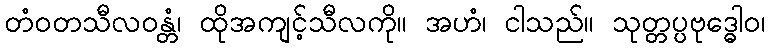
တံဝတသီလဝန္တံ၊ ထိုအကျင့်သီလကို။ အဟံ၊ ငါသည်။ သုတ္တပ္ပဗုဒ္ဓေါဝ၊